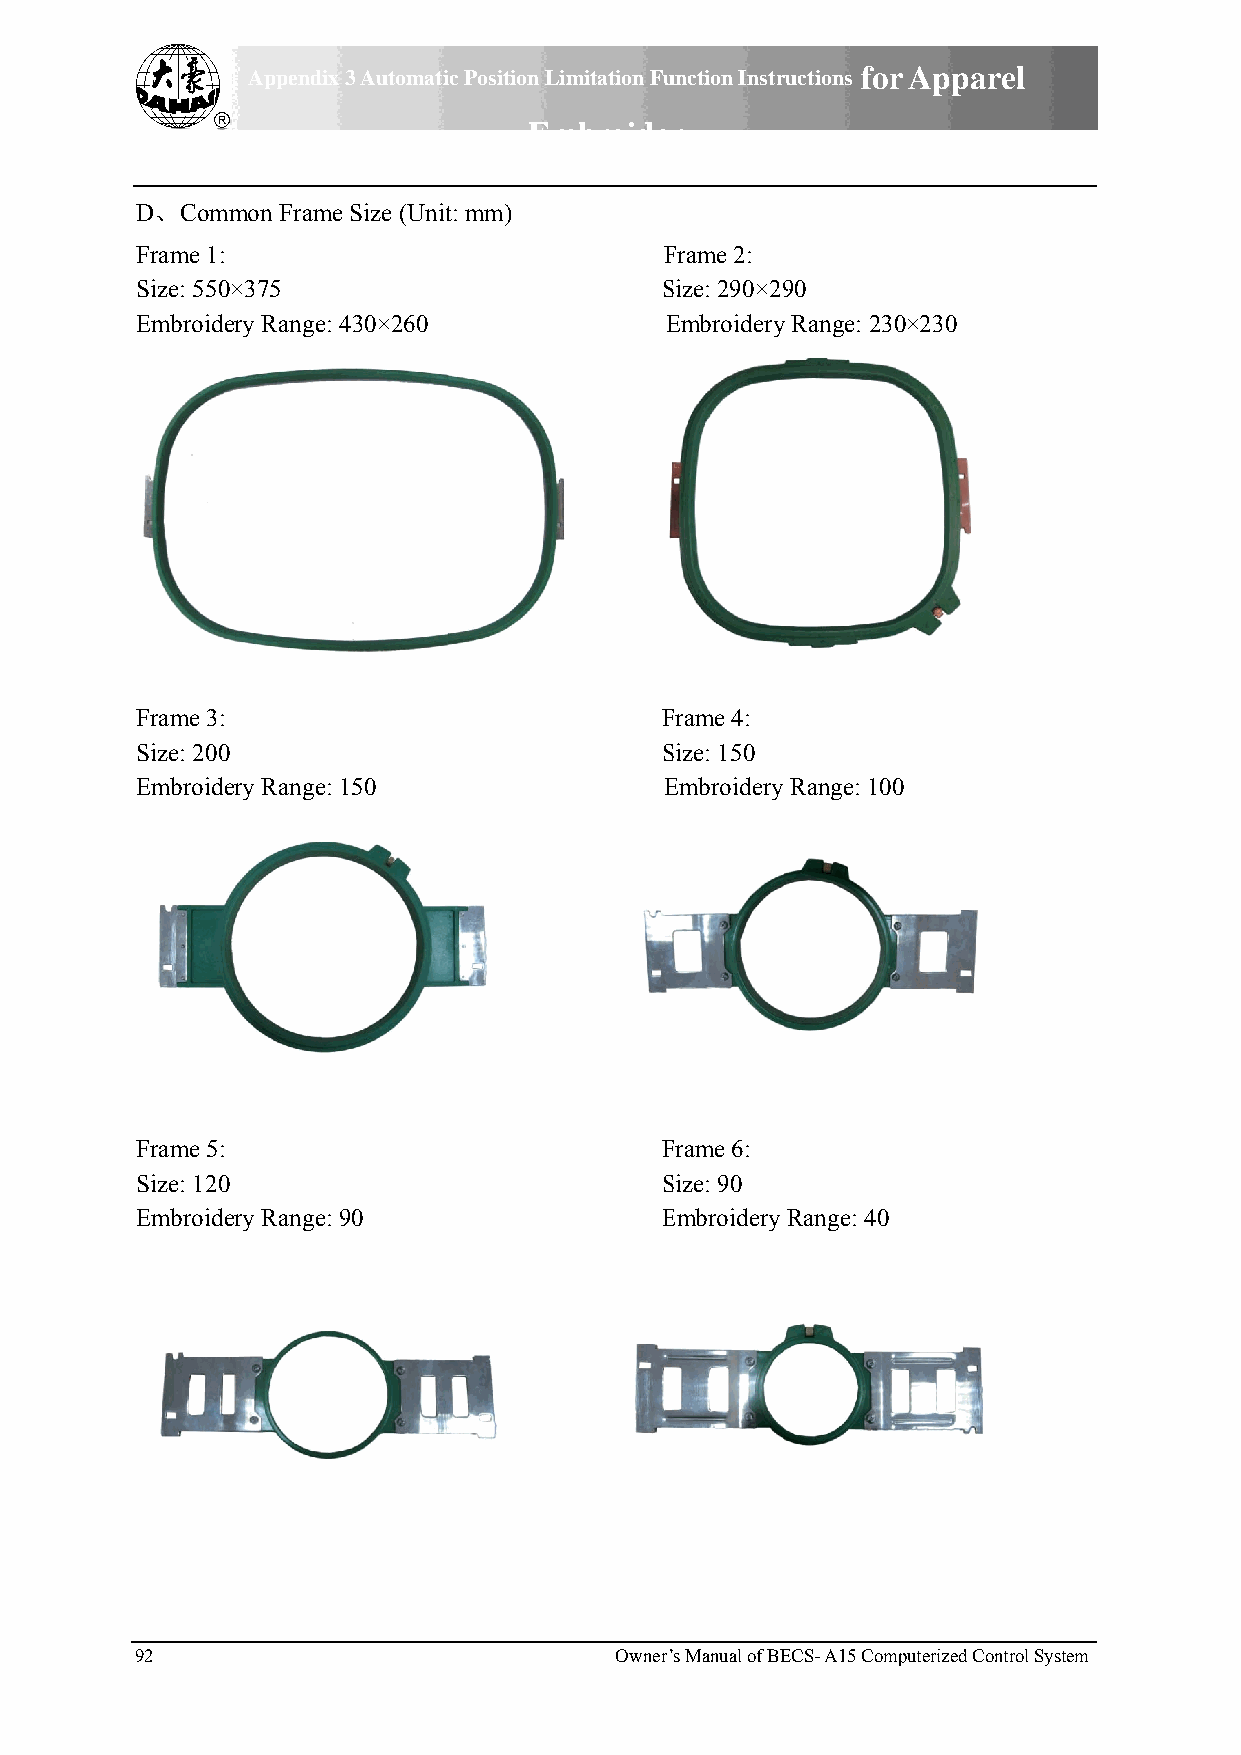
Appendixx 3 Automatiic Position Liimitation Fuunction Instrructions forr Appareel
 Emmbroiderry
 D、 Commmon Framee Size (Unitt: mm)
 Frame 1:                           FFrame 2:
 Size: 5500×375                     SSize: 290×2990
 Embroidery Range: 430×260          EEmbroideryy Range: 2300×230
 Frame 3:                           FFrame 4:
 Size: 2000                         SSize: 150
 Embroidery Range: 150              EEmbroidery Range: 1000
 Frame 5:                           FFrame 6:
 Size: 1200                         SSize: 90
 Embroidery Range: 90               EEmbroidery Range: 40
 92                              Owner’s Manual of BEECS- A15 Commputerized Contrrol System